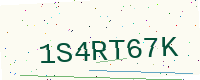
Text: 1S4RT67K